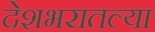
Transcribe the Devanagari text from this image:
देशभरातल्या